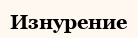
Изнурение